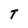
Character: T